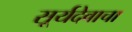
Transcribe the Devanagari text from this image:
सूर्यदेवाचा